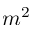
m ^ { 2 }